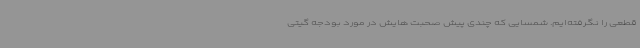
قطعی را نگرفته‌ایم. شمسایی که چندی پیش صحبت هایش در مورد بودجه گیتی